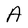
Character: A